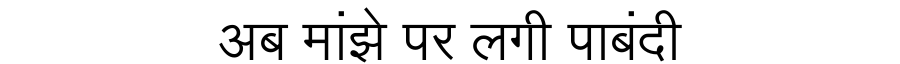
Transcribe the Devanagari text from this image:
अब मांझे पर लगी पाबंदी